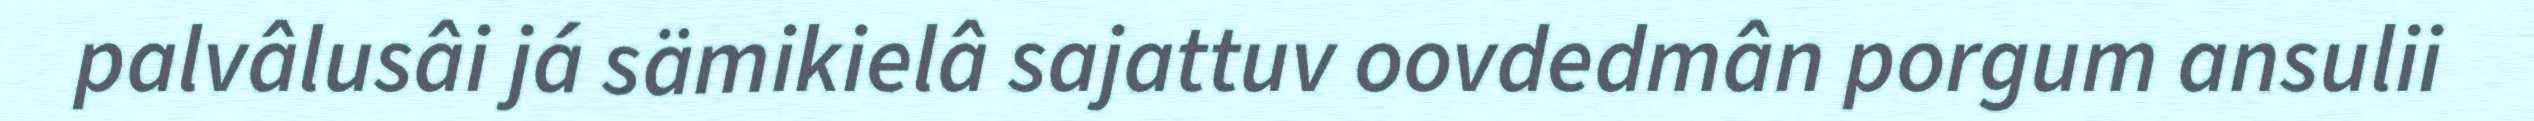
palvâlusâi já sämikielâ sajattuv oovdedmân porgum ansulii